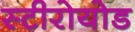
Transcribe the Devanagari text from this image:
स्टीरोयोड